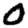
Digit: 0